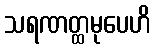
သရဏတ္ထမုပေဟိ